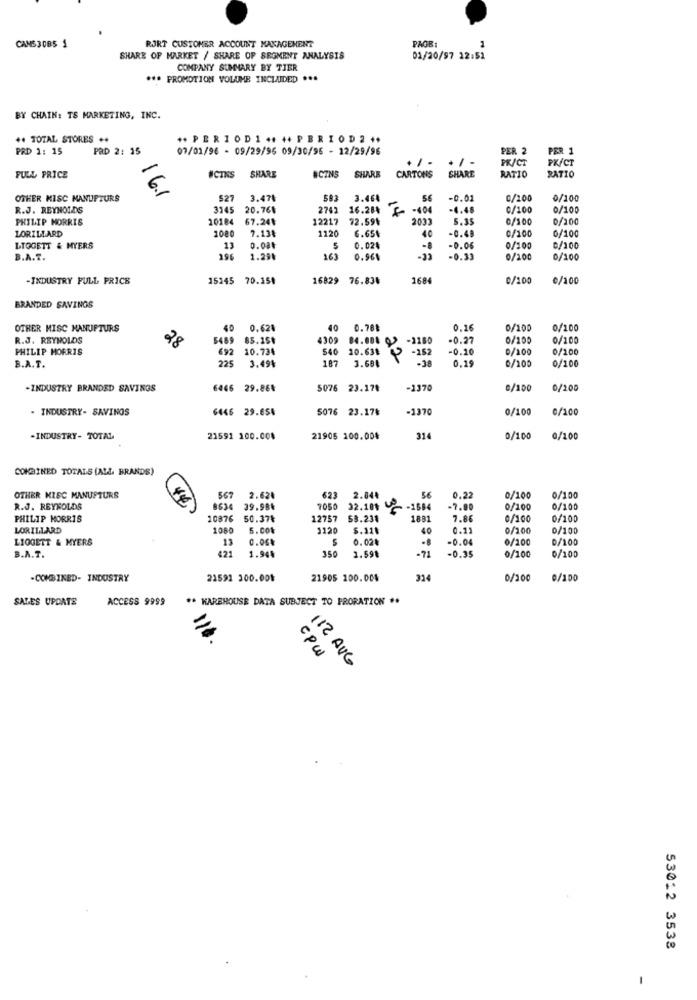
CAMS JOBS 1
RJRT CUSTOMER ACCOUNT MANAGEMENT
PAGE:
1
SHARE OF MARKET / SHARE OF SEGMENT ANALYSIS
01/20/97 12:52
COMPANY SUMMARY BY TIER
*** PROMOTION VOLUME INCLUDED ...
BY CHAIN: TS MARKETING, INC.
+4 TOTAL STORES **
** PERIOD1 ++ ++ PERIOD 2 **
PRD 1: 15
PRD 2: 15
07/01/96 - 09/29/95 09/30/95 - 12/29/96
PER 2
PER 1
+ / -
PK/CT
PK/CT
SHARE
SHARE
FULL PRICE
ICTNS
SHARE
ACTNS
CARTONS
RATIO
RATIO
6
OTHER MISC MANUPTURS
527
3.47
583
3.464
-0.01
C/200
0/100
R.J. REYNOLDS
3145
20.76$
2742
16.284
7
-404
-4.40
C/100
0/100
PHILIP MORRIS
20184
67.24₺
12217
72.59₺
2033
5.35
0/100
0/200
LORILLARD
7.13
1120
6.65₺
-0.48
0/100
0/100
40
LTOGETT & MYERS
13
0.084
5
0.024
-0.06
0/100
0/100
B.A.T.
196
1.29₺
163
0.961
-0.33
0/200
0/100
-INDUSTRY FULL PRICE
15145 70.154
16829 76.83₺
1684
0/100
0/100
BRANDED SAVINGS
OTHER MISC MANUFTURS
40
0.628
40
0.78₺
0.16
0/100
0/100
R.J. REYNOLDS
98
5489 85.151
4302
84.084
-2180
-0.27
0/100
0/100
PHILIP MORRIS
692
10.734
540 10.638
-152
-0.10
0/100
0/100
B.A.T.
225
187
3.68₺
22
-38
0.19
0/100
0/100
3.494
-INDUSTRY BRANDED SAVINGS
6446 29.86₺
23.17₺
-1370
0/100
0/200
. INDUSTRY- SAVINGS
6446 29.654
5076 23.17₺
-1370
0/100
0/100
.INDUSTRY- TOTAL
21591 100.004
21905 100.004
314
0/100
0/100
COMBINED TOTALS (ALS. BRANDS)
OTHER KISC MANUPTURS
567
2.620
623
2.84₺
56
0.22
0/100
0/100
R.J. REYNOLDS
440
8634
39.984
7050
32.1012
-1584
-7.80
0/100
0/100
PHILIP MORRIS
10876
50.37₺
12757
58.234
1881
7.86
0/100
0/100
LORILLARD
1080
5.00%
3120
40
0.11
0/200
0/100
LIGGETT & MYERS
0.06%
0.02₺
-0.04
0/100
0/100
421
1.94%
350
1.59%
-71
-0.35
0/100
B.A.T.
0/100
-COMBINED- INDUSTRY
21591 300.004
21905 100.004
314
0/100
0/100
SALES UPDATE
ACCESS 9999
** KARBROUSE DATA SUBJECT TO PRORATION **
cpw
112 AUG
53012 3538